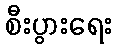
စီးပွားရေး